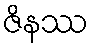
ဇိနဿ